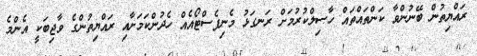
ރައްޔިތުން ބޭނުންވާ ކަންތައްތައް ހާސިލްކުުރުމަށް ރަނގަޅު މެނިފެސްޓޯއެއް ހެދުންކަމަށާއި ރައްޔިތުންގެ ވާޖިބަކީ އެންމެ